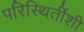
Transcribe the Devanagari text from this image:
परिस्थितींशी